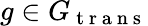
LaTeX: g\in G_{\mathrm{~t~r~a~n~s~}}